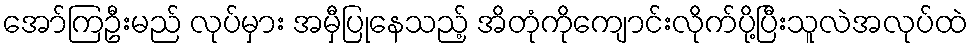
အော်ကြဦးမည် လုပ်မှား အမှီပြုနေသည့် အိတုံကိုကျောင်းလိုက်ပို့ပြီးသူလဲအလုပ်ထဲ